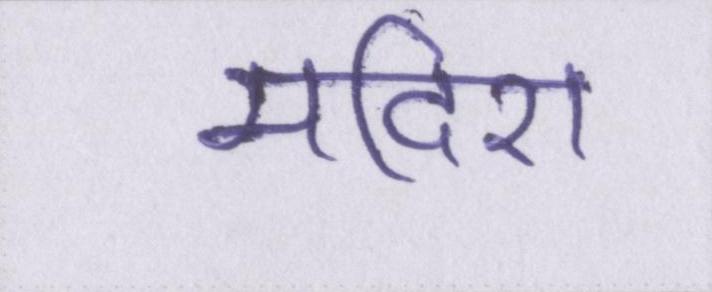
मदिरा